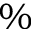
\%